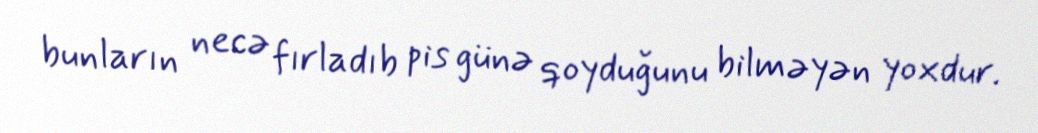
bunların necə fırladıb pis günə qoyduğunu bilməyən yoxdur.